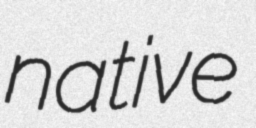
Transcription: native